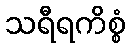
သရီရကိစ္စံ